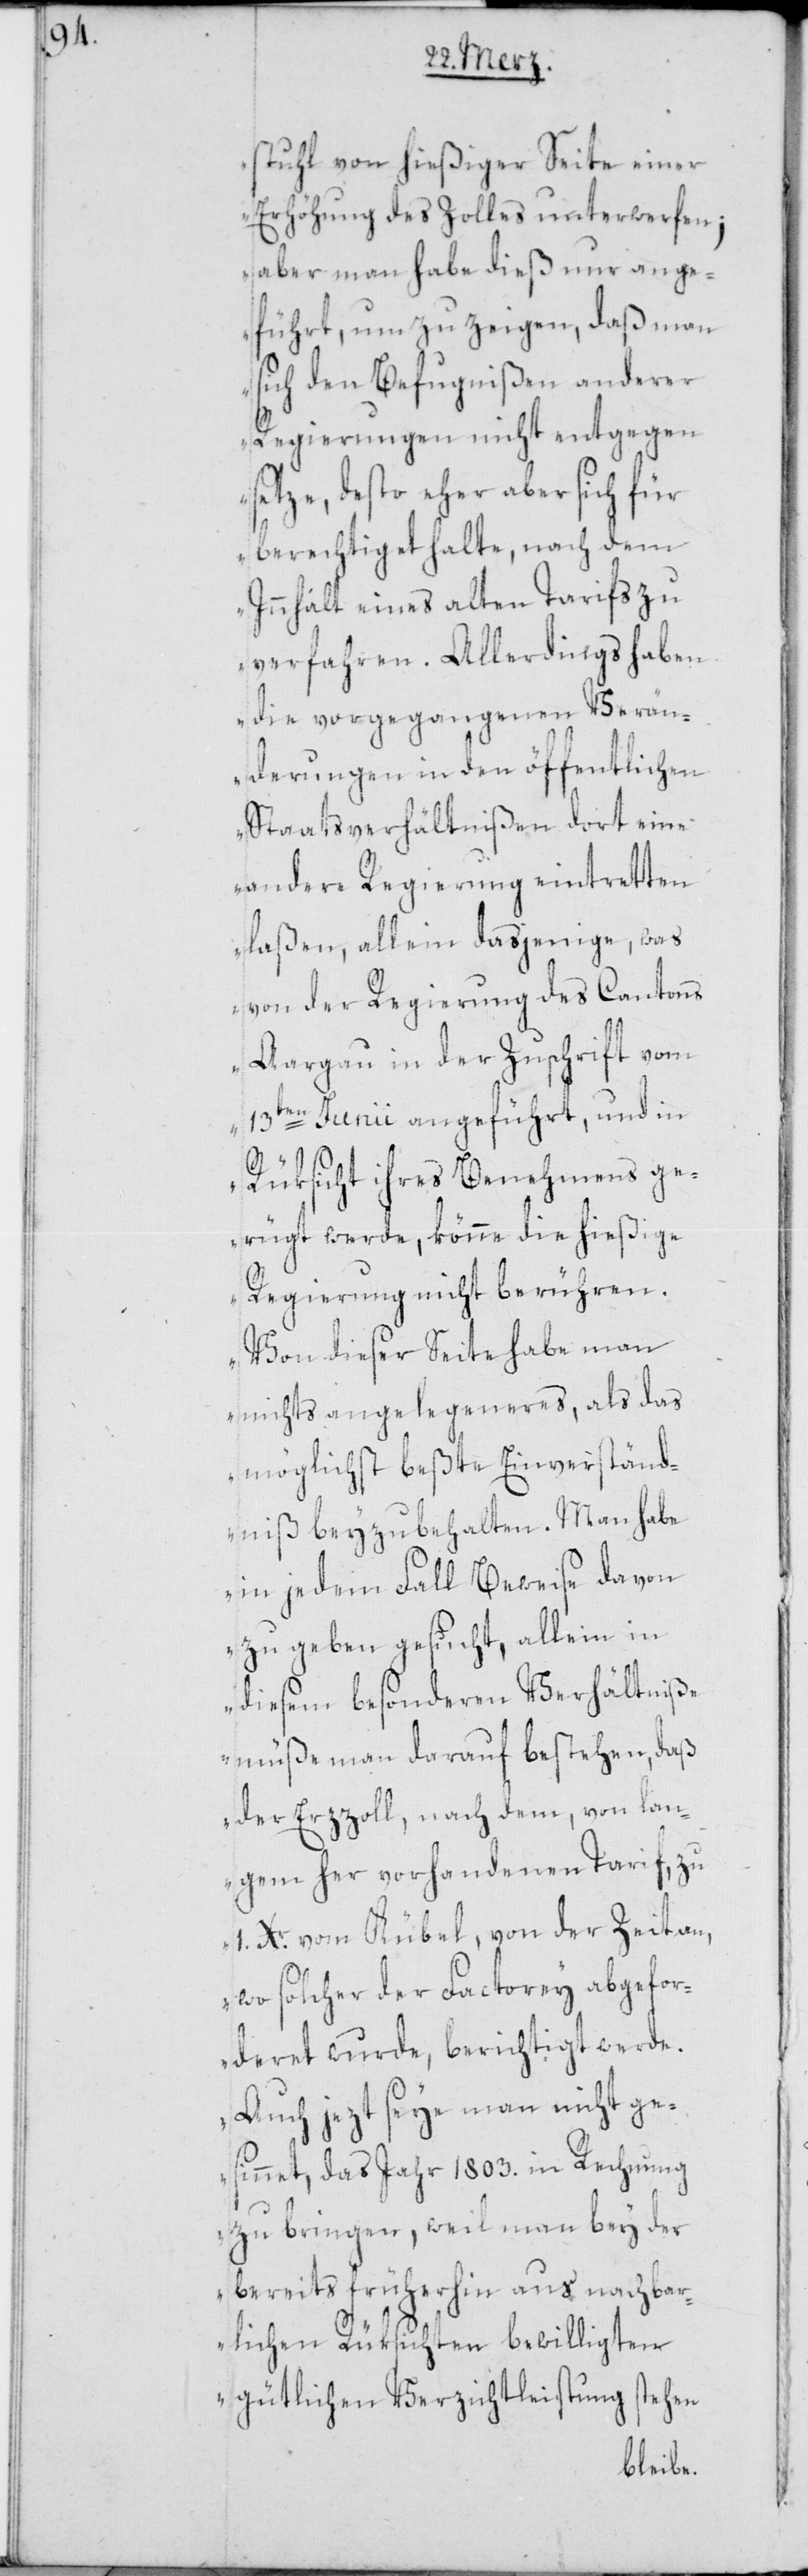
stuhl von hießiger Seite einer
Erhöhung des Zolles unterwerfen;
aber man habe dieß nur ange¬
führt, um zu zeigen, daß man
sich den Befugnißen anderer
Regierungen nicht entgegen
setze, desto eher aber sich für
berechtiget halte, nach dem
Innhalt eines alten Tarifs zu
verfahren. Allerdings haben
die vorgegangenen Verän¬
derungen in den öffentlichen
Staatsverhältnißen dort eine
andere Regierung eintretten
laßen, allein dasjenige, was
von der Regierung des Cantons
Aargau in der Zuschrift vom
13ten Junii angeführt, und in
Rüksicht ihres Benehmens ge¬
rügt werde, könne die hießige
Regierung nicht berühren.
Von dieser Seite habe man
nichts angelegeneres, als das
möglichst beßte Einverständ¬
niß beyzubehalten. Man habe
in jedem Fall Beweise davon
zu geben gesucht, allein in
diesem besonderen Verhältniße
müße man darauf bestehen, daß
der Erzzoll, nach dem, von lan¬
gem her vorhandenen Tarif, zu
1. Xr. vom Kübel, von der Zeit an,
wo solcher der Factorey abgefor¬
deret wurde, berichtigt werde.
Auch jezt seye man nicht ge¬
sinnet, das Jahr 1803. in Rechnung
zu bringen, weil man bey der
bereits früherhin aus nachbar¬
lichen Rüksichten bewilligten
gütlichen Verzichtleistung stehen